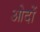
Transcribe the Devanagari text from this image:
ओदों